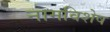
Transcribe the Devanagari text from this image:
नामविशेष